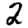
Digit: 2